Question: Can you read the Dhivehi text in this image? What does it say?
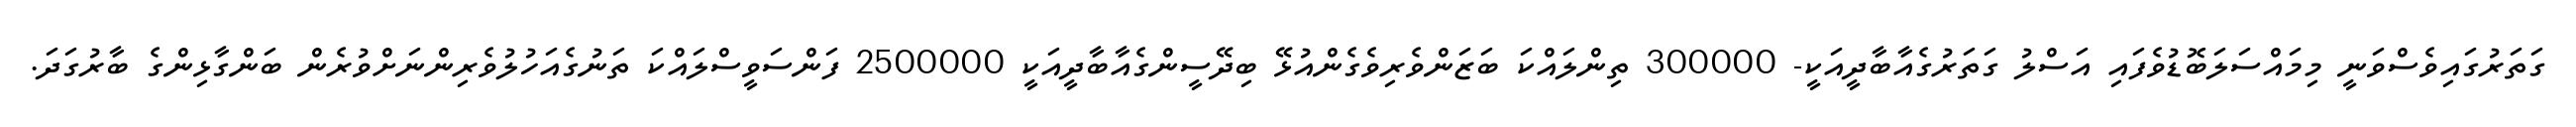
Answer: ގަތަރުގައިވެސްވަނީ މިމައްސަލަބޮޑުވެފައި އަސްލު ގަތަރުގެއާބާދީއަކީ- 300000 ތިންލައްކަ ބަޒަންވެރިވެގެންއުޅޭ ބިދޭސީންގެއާބާދީއަކީ 2500000 ފަންސަވީސްލައްކަ ތަނުގެއަހުލުވެރިންނަށްވުރެން ބަންގާޅިންގެ ބާރުގަދަ.